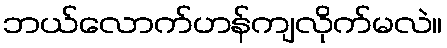
ဘယ်လောက်ဟန်ကျလိုက်မလဲ။